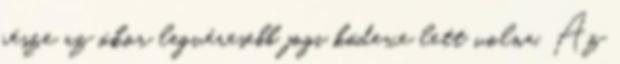
része az ókor legvéresebb jogi kódexe lett volna. Az